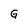
Character: G